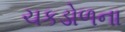
ચકડોળના